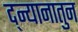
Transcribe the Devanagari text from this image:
द्न्यानातुन